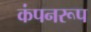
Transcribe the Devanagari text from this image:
कंपनरूप